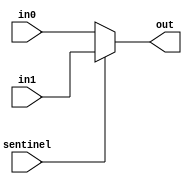
`timescale 1ns / 1ps

module Multiplexer5(
	input sentinel,
	input [4:0] in0,
	input [4:0] in1,
	output [4:0] out
	);
	
	assign out = sentinel ? in1 : in0;

endmodule